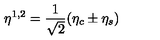
\eta ^ { 1 , 2 } = \frac { 1 } { \sqrt { 2 } } ( \eta _ { c } \pm \eta _ { s } )